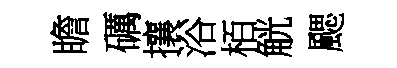
瞻礪攘浴栢觥颸